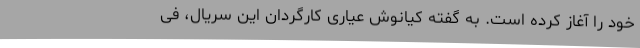
خود را آغاز کرده است. به گفته کیانوش عیاری کارگردان این سریال، فی